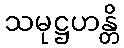
သမုဋ္ဌဟန္တိ